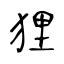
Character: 狸